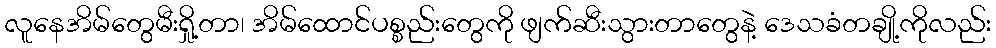
လူနေအိမ်တွေမီးရှို့တာ၊ အိမ်ထောင်ပစ္စည်းတွေကို ဖျက်ဆီးသွားတာတွေနဲ့ ဒေသခံတချို့ကိုလည်း